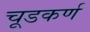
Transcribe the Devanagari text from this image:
चूडकर्ण